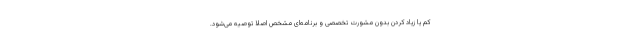
کم یا زیاد کردن بدون مشورت تخصصی و برنامه‌ای مشخص اصلا توصیه می‌شود.